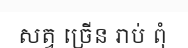
សត្វ ច្រើន រាប់ ពុំ